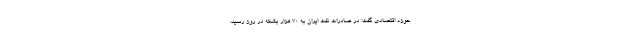
حوزه اقتصادی گفت: در صادرات نفت ایران به ۷۰ هزار بشکه در روز رسید،